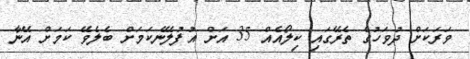
ވަރަކަށް ދުވަހުގެ ތެރޭގައި ކިލޯއެއް 35 އަށް އުފުލޭނެކަމަށް ބެލެވޭ ކަމަށް އޭނާ